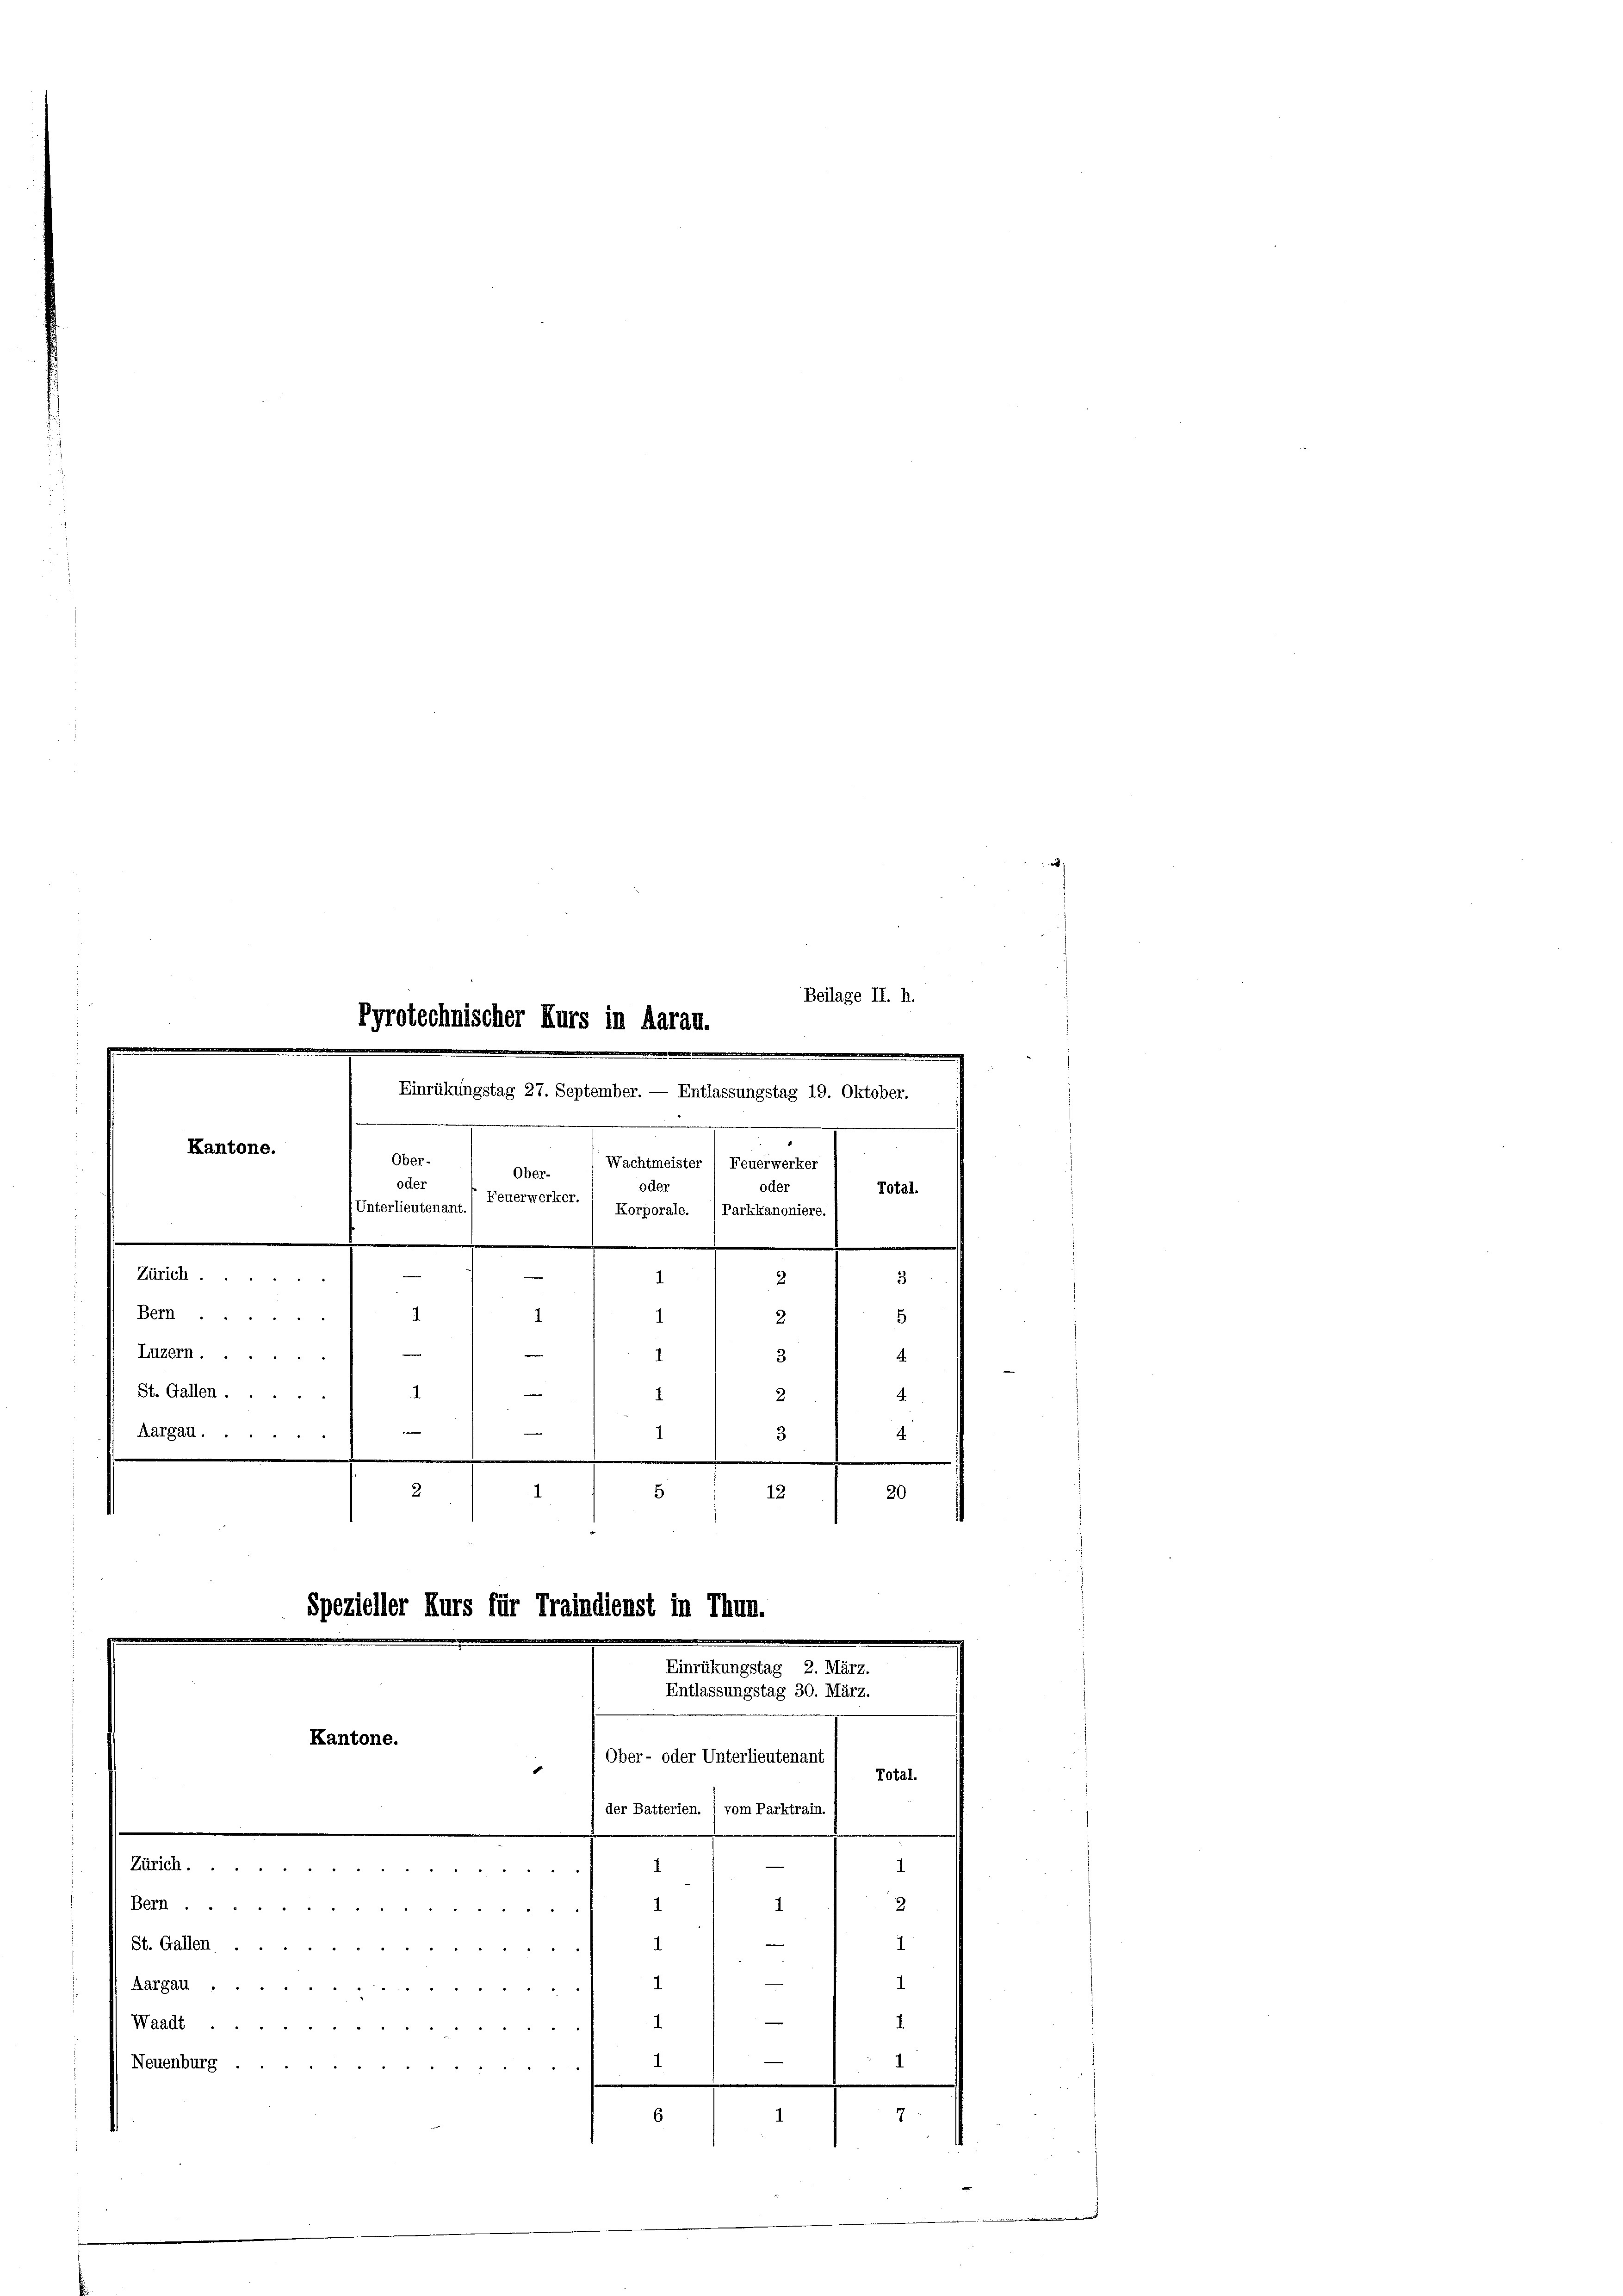
Kantone.
Ober-
Wachtmeister 1 Feuerwerker
Ober-
oder
oder
Total-
Unterlieutenant. / Feuerwerker.
Korporale.  Parkkanoniere.
.
Zürich
Bern
Luzern.
St. Gallen ....
Aargau ...
3
.
1
e

.
.
.
2
1
5
20
12

Total.
1
2
1
I
1
AarGAl
Waadt
4
.
1
Neuenburg
1

8
n
7
6

Kantone.
e

Pyrotechnischer Kurs in Aarau.
Einrükungstag 27. September. — Entlassungstag 19. Oktober.

e
e
3
2
1
1
1
1
5
2
e
e
.
1
3
1
.
24

Beilage II. h.

Spezieller Kurs für Traindienst in Thun.
Einrükungstag 2. März.
Entlassungstag 30. März.

der Batterien. 1 vom Parktrain.
Zürich
1
1
 ......
St. Gallen
1

Ober- oder Unterlieutenant

2